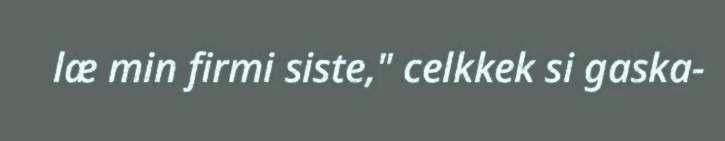
læ min firmi siste," celkkek si gaska-